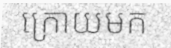
ក្រោយមក